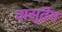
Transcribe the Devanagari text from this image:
वासुदॆव